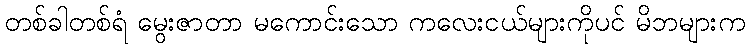
တစ်ခါတစ်ရံ မွေးဇာတာ မကောင်းသော ကလေးငယ်များကိုပင် မိဘများက